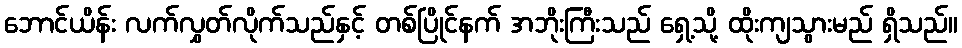
ဘောင်ယိန်း လက်လွှတ်လိုက်သည်နှင့် တစ်ပြိုင်နက် အဘိုးကြီးသည် ရှေ့သို့ ထိုးကျသွားမည် ရှိသည်။